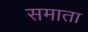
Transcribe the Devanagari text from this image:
समाता